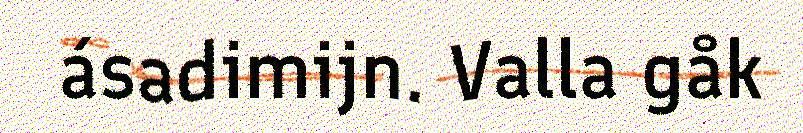
ásadimijn. Valla gåk